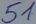
Text: 51